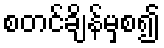
စတင်ချိန်မှစ၍